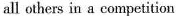
all others in a competition